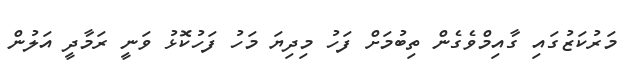
މަރުކަޒުގައި ގާއިމްވެގެން ތިބުމަށް ފަހު މިދިޔަ މަހު ފަހުކޮޅު ވަނީ ރަމާދީ އަލުން